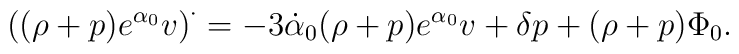
\left( (\rho+p) e^{\alpha_0} v\right)^{\cdot}= -3 \dot{\alpha}_0 (\rho+p) e^{\alpha_0} v + \delta p +(\rho+p) \Phi_0.